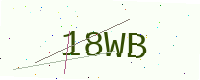
Text: 18WB